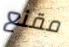
مقنع